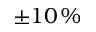
\pm 1 0 \, \%